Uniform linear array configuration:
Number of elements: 4
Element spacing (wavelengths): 0.75
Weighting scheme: binomial
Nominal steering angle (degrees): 45
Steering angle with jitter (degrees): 46.074
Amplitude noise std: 0.05
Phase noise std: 0.05

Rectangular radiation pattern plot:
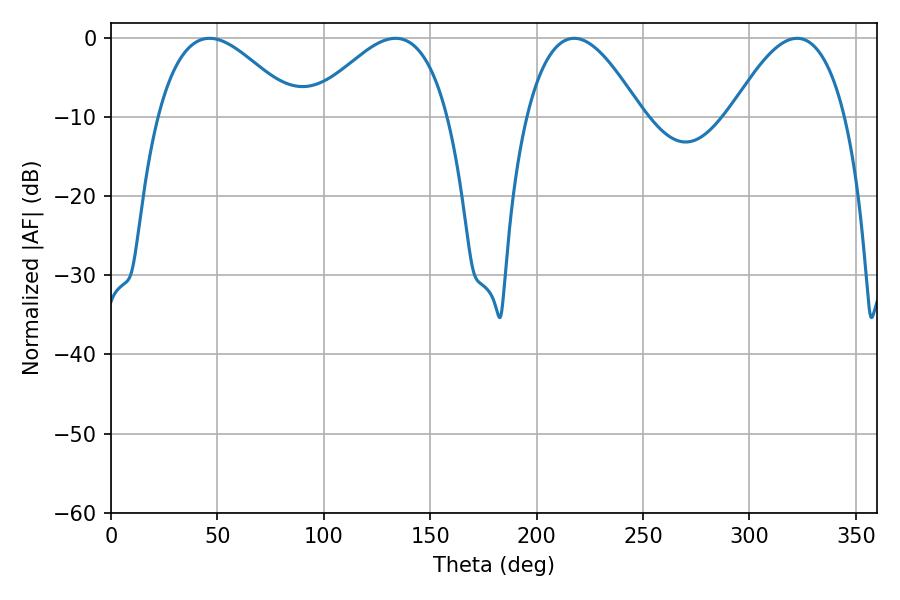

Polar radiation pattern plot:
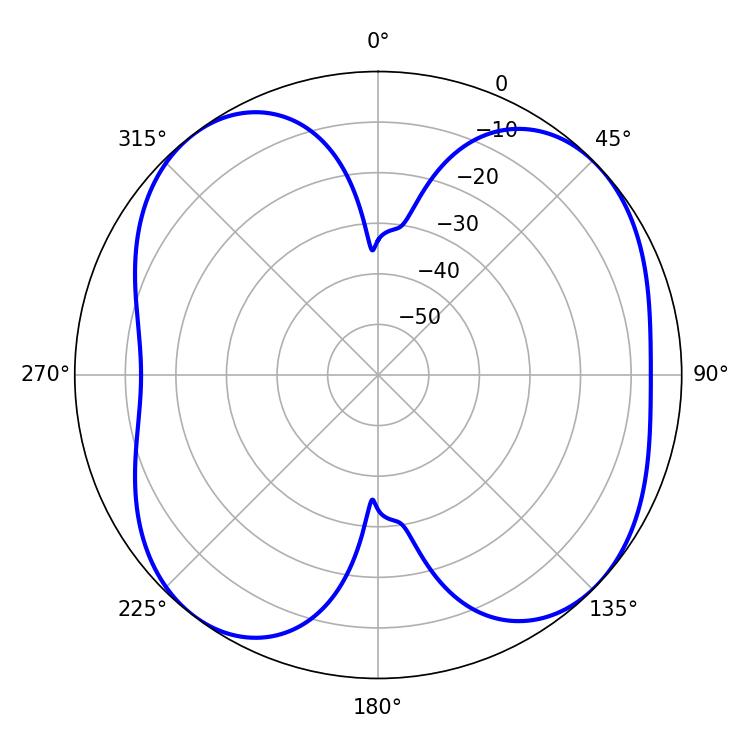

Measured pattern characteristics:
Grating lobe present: TRUE
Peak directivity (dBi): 8.253
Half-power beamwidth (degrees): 29.52
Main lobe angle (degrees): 217.62